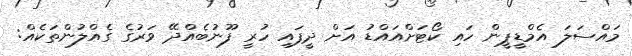
މައްސަލަ އެމްޑީޕީން ހައި ކޯޓަށްއައްޑު އަށް ދީފައި ހުރީ ފޫނުބެއްދޭ ވަރުގެ ގެއްލުންތަކެއް: